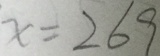
x = 2 6 9